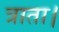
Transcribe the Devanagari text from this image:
त्राता।